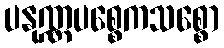
ပနုဏ္ဏပစ္စေကသစ္စော